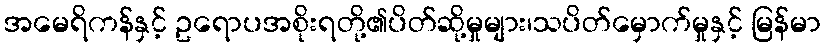
အမေရိကန်နှင့် ဥရောပအစိုးရတို့၏ပိတ်ဆို့မှုများ၊သပိတ်မှောက်မှုနှင့် မြန်မာ